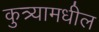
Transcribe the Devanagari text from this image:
कुत्र्यामधील